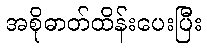
အစိုဓာတ်ထိန်းပေးပြီး